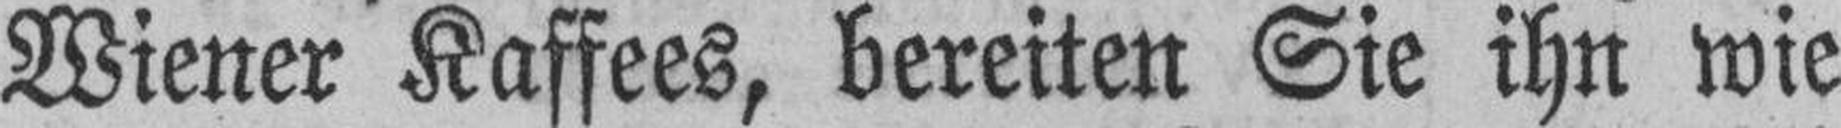
Wiener Kaffees, bereiten Sie ihn wie